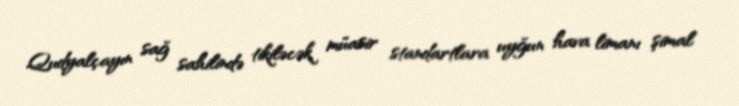
Qudyalçayın sağ sahilində tikiləcək müasir standartlara uyğun hava limanı şimal